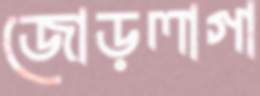
জোড়লাগা